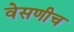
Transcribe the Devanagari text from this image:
वेसणीच